Report on sanitation, dispensaries, and jails in Rajputana for 1911, and on vaccination for the year 1911-1912 - 1911-1912
Year: 1911
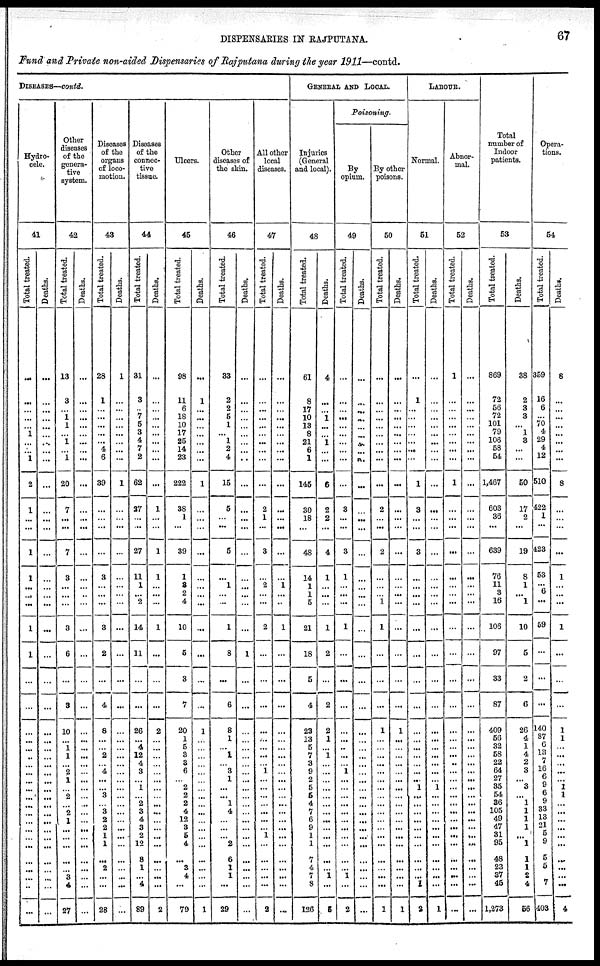
DISPENSARIES IN RAJPUTANA.
67
Fund and Private non-aided Dispensaries of Rajputana during the year 1911—contd.
DISEASES—contd.
Hydro-
cele.
41
Total treated.
...
...
...
...
...
1
...
...
1
2
1
...
...
1
1
...
...
...
1
1
...
...
...
...
...
... ...
...
...
...
...
...
...
...
...
...
...
...
...
...
...
...
Deaths.
...
...
...
...
...
...
...
...
...
...
...
...
...
...
...
...
...
...
...
...
...
...
...
...
...
...
...
...
...
...
...
...
...
...
...
...
...
...
...
...
...
...
Other
diseases
of the
genera-
tive
system.
42
Total treated.
13
3
...
1
1
...
1
...
1
20
7
...
...
7
3
...
...
...
3
6
...
3
10
...
1
1
...
2
1
...
2
...
2
1
...
...
...
...
...
3
4
27
Deaths.
...
...
...
...
...
...
...
...
...
...
...
...
...
...
...
...
...
...
...
...
...
...
...
...
...
...
...
...
...
...
...
...
...
...
...
...
...
...
...
...
...
...
Diseases
of the
organs
of loco-
motion.
43
Total treated.
28
1
...
...
...
...
...
4
6
39
...
...
...
...
3
...
...
...
3
2
...
4
8
...
...
2
...
4
...
...
3
...
3
2
2
1
1
...
2
...
...
28
Deaths.
1
...
...
...
...
...
...
...
...
1
...
...
...
...
...
...
...
...
...
...
...
...
...
...
...
...
...
...
...
...
...
...
...
...
...
...
...
...
...
...
...
...
Diseases
of the
connec-
tive
tissue.
44
Total treated.
31
3
...
7
5
3
4
7
2
62
37
...
...
27
11
1
...
2
14
11
...
...
26
...
4
12
4
3
...
1
...
2
3
4
3
2
12
8
1
...
4
89
Deaths.
...
...
...
...
...
...
...
...
...
...
1
...
...
1
1
...
...
...
1
...
...
...
2
...
...
...
...
...
...
...
...
...
...
...
...
...
...
...
...
...
...
2
Ulcers.
45
Total treated.
98
11
6
18
10
17
25
14
23
222
38
1
...
39
1
8
2
4
10
5
3
7
20
1
5
3
3
6
...
2
2
2
4
12
3
5
4
...
3
4
...
79
Deaths.
...
1
...
...
...
...
...
...
...
1
...
...
...
...
...
...
...
...
...
...
...
...
1
...
...
...
...
...
...
...
...
...
...
...
...
...
...
...
...
...
...
1
Other
diseases of
the skin.
46
Total treated.
33
2
2
5
1
...
1
2
4
15
5
...
...
5
...
1
...
...
1
8
...
6
8
1
...
1
...
3
1
...
...
1
4
...
...
...
2
6
1
1
...
29
Deaths.
...
...
...
...
...
...
...
...
...
...
...
...
...
...
...
...
...
...
...
1
...
...
...
...
...
...
...
...
...
...
...
...
...
...
...
...
...
...
...
...
...
...
All other
local
diseases.
47
Total treated.
...
...
...
...
...
...
...
...
...
...
2
1
...
3
...
2
...
...
2
...
...
...
...
...
...
...
...
1
...
...
...
...
...
...
...
1
...
...
...
...
...
2
Deaths.
...
...
...
...
...
...
...
...
...
...
...
...
...
...
...
1
...
...
1
...
...
...
...
...
...
...
...
...
...
...
...
...
...
...
...
...
...
...
...
...
...
...
GENERAL AND LOCAL.
Injuries
(General
and local).
48
Total treated.
61
8
17
10
13
8
21
6
1
145
30
18
...
48
14
1
1
5
21
18
5
4
23
13
5
7
3
9
2
5
5
4
7
6
9
1
1
7
4
7
8
126
Deaths.
4
...
...
1
...
...
1
...
...
6
2
2
...
4
1
...
...
...
1
2
...
2
2
1
...
1
...
...
...
...
...
...
...
...
...
...
...
...
...
1
...
5
Poisoning.
By
opium.
49
Total treated.
...
...
...
...
...
...
...
...
...
...
3
...
...
3
1
...
...
...
1
...
...
...
...
...
...
...
...
1
...
...
...
...
...
...
...
...
...
...
...
1
...
2
Deaths.
...
...
...
...
...
...
...
...
...
...
...
...
...
...
...
...
...
...
...
...
...
...
...
...
...
...
...
...
...
...
...
...
...
...
...
...
...
...
...
...
...
...
By other
poisons.
50
Total treated.
...
...
...
...
...
...
...
...
...
...
2
...
...
2
...
...
...
1
1
...
...
...
1
...
...
...
...
...
...
...
...
...
...
...
...
...
...
...
...
...
...
1
Deaths.
...
...
...
...
...
...
...
...
...
...
...
...
...
...
...
...
...
...
...
...
...
...
1
...
...
...
...
...
...
...
...
...
...
...
...
...
...
...
...
...
...
1
LABOUR.
Normal.
51
Total treated.
...
1
...
...
...
...
...
...
...
1
3
...
...
3
...
...
...
...
...
...
7
...
...
...
...
...
...
...
...
1
...
...
...
...
...
...
...
...
...
...
1
2
Deaths.
...
...
...
...
...
...
...
...
...
...
...
...
...
...
...
...
...
...
...
7 ...
...
...
...
...
...
...
...
...
1
...
...
...
...
...
...
...
...
...
...
...
1
Abnor-
mal.
52
Total treated.
1
...
...
...
...
...
...
...
...
1
...
...
...
...
...
...
...
...
...
...
...
...
...
...
...
...
...
...
...
...
...
...
...
...
...
...
...
...
...
...
...
...
Deaths.
...
...
...
...
...
...
...
...
...
...
...
...
...
...
...
...
...
...
...
...
...
...
...
...
...
...
...
...
...
...
...
...
...
...
...
...
...
...
...
...
...
...
Total
number of
Indoor
patients.
53
Total treated.
869
72
56
72
101
79
106
58
54
1,467
603
36
...
639
76
11
3
16
106
97
33
87
409
56
32
58
22
64
27
35
54
36
105
49
47
31
95
48
23
37
45
1,273
Deaths.
38
2
3
3
...
1
3
...
...
50
17
2
...
19
8
1
...
1
10
5
2
6
26
4
1
4
2
3
...
3
...
1
1
1
1
...
1
1
1
2
4
56
Opera-
tions.
54
Total treated.
359
16
6
...
70
4
29
4
12
510
422
1
...
423
53
...
6
...
59
...
...
...
140
87
6
13
7
16
6
9
6
9
33
13
21
5
9
5
5
7
403
Deaths.
8
...
...
...
...
...
...
...
...
8
...
...
...
...
1
...
...
...
1
...
...
...
1
1
...
...
...
...
...
1
1
...
...
...
...
...
...
...
...
...
...
4